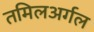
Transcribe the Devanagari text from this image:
तमिलअर्गल